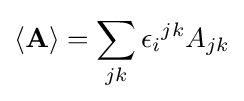
\langle \mathbf {A} \rangle =\sum _{jk}{\epsilon _{i}}^{jk}A_{jk}